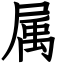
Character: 属